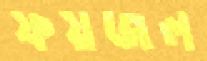
ফয়জল